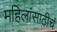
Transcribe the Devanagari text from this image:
महिलांसाठीचं